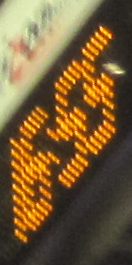
16:55